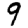
Digit: 9